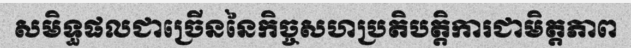
សមិទ្ធផលជាច្រើននៃកិច្ចសហប្រតិបត្តិការជាមិត្តភាព